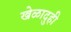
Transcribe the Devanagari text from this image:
खेळादुही